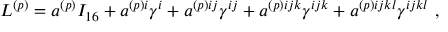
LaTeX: L ^ { ( p ) } = a ^ { ( p ) } I _ { 1 6 } + a ^ { ( p ) i } \gamma ^ { i } + a ^ { ( p ) i j } \gamma ^ { i j } + a ^ { ( p ) i j k } \gamma ^ { i j k } + a ^ { ( p ) i j k l } \gamma ^ { i j k l } ~ ,